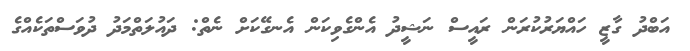
އަބްދު ގާޒީ ހައްޔަރުކުރަން ރައީސް ނަޝީދު އެންގެވިކަން އެނގޭކަށް ނެތް: ދައުލަތްމަދު ދުވަސްތަކެއްގެ